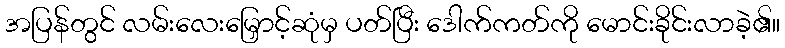
အပြန်တွင် လမ်းလေးမြှောင့်ဆုံမှ ပတ်ပြီး ဒေါက်ကတ်ကို မောင်းခိုင်းလာခဲ့၏။